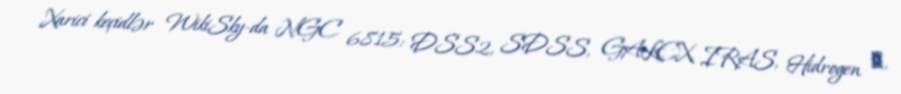
Xarici keçidlər WikiSky-da NGC 6815: DSS2, SDSS, GALEX, IRAS, Hidrogen α,